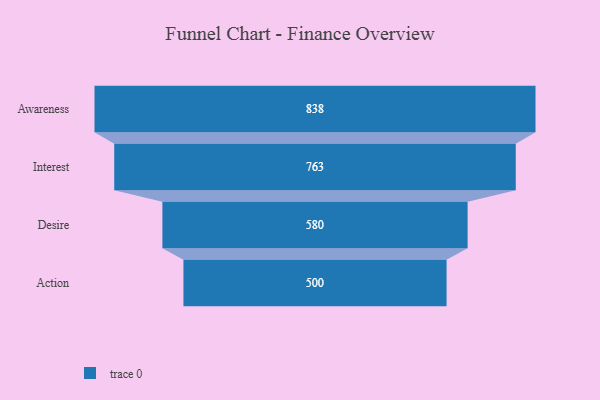
{"axis": {"x": "Stage", "y": "Value"}, "legend": [""], "data": [{"x": "Awareness", "y": 838.0, "type": ""}, {"x": "Interest", "y": 763.0, "type": ""}, {"x": "Desire", "y": 580.0, "type": ""}, {"x": "Action", "y": 500, "type": ""}]}